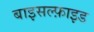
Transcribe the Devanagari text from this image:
बाइसल्फ़ाइड